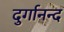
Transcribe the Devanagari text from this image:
दुर्गानन्द